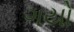
ગયો